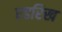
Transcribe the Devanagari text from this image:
एडरिख